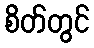
စိတ်တွင်